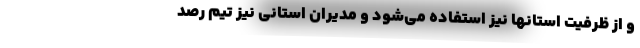
و از ظرفیت استانها نیز استفاده می‌شود و مدیران استانی نیز تیم رصد